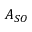
A _ { S O }